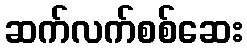
ဆက်လက်စစ်ဆေး